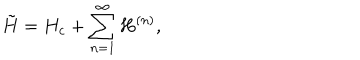
\tilde { H } = H _ { c } + \sum _ { n = 1 } ^ { \infty } H ^ { ( n ) } ,